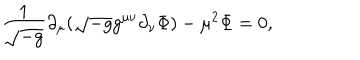
LaTeX: \frac { 1 } { \sqrt { - g } } \partial _ { \mu } ( \sqrt { - g } g ^ { \mu \nu } \partial _ { \nu } \Phi ) - \mu ^ { 2 } \Phi = 0 ,